Civil Veterinary Department. Madras. Admin. report 1926-33 - 1926-1933
Year: 1926
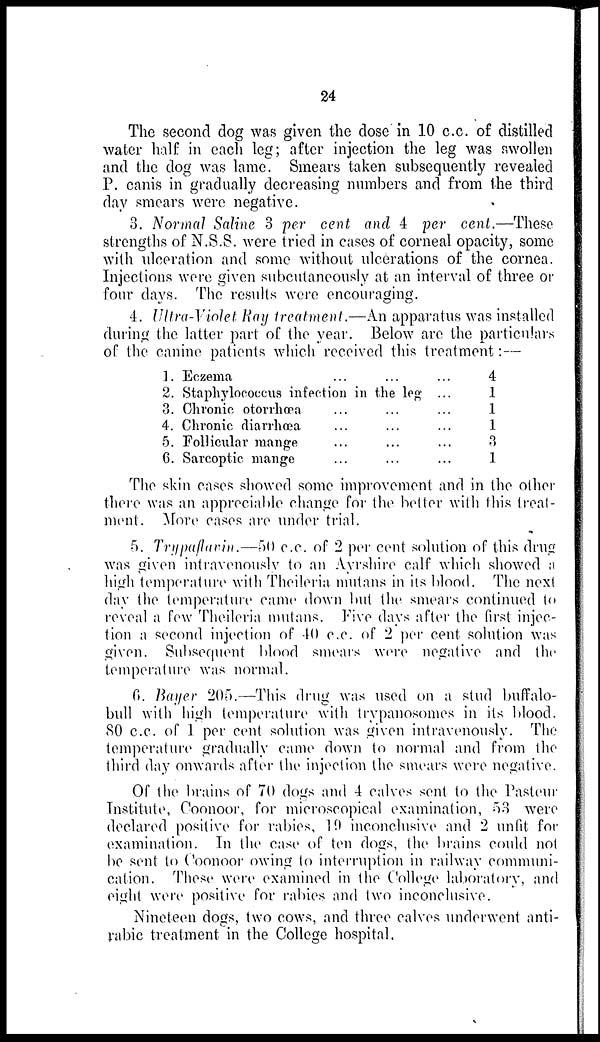
24
The second dog was given the dose in 10 c.c. of distilled
water half in each leg; after injection the leg was swollen
and the dog was lame. Smears taken subsequently revealed
P. canis in gradually decreasing numbers and from the third
day smears were negative.
3. Normal Saline 3 per cent and 4 per cent.—These
strengths of N.S.S. were tried in cases of corneal opacity, some
with ulceration and some without ulcerations of the cornea.
Injections were given subcutaneously at an interval of three or
four days. The results were encouraging.
4. Ultra-Violet Ray treatment.—An apparatus was installed
during the latter part of the year. Below are the particulars
of the canine patients which received this treatment :—
1. Eczema
...
...
2. Staphylococcus infection in the leg
3. Chronic otorrhœa
4. Chronic diarrhœa
5. Follicular mange
6. Sarcoptic mange
...
...
...
...
...
...
...
...
...
...
...
...
...
...
4
1
1
1
3
1
The skin cases showed some improvement and in the other
there was an appreciable change for the better with this treat-
ment. More cases are under trial.
5. Trypaflavin.—50 c.c. of 2 per cent solution of this drug
was given intravenously to an Ayrshire calf which showed a
high temperature with Theileria mutans in its blood. The next
day the temperature came down but the smears continued to
reveal a few Theileria mutans. Five days after the first injec-
tion a second injection of 40 c.c. of 2 per cent solution was
given. Subsequent blood smears were negative and the
temperature was normal.
6. Bayer 205.—This drug was used on a stud buffalo-
bull with high temperature with trypanosomes in its blood.
80 c.c. of 1 per cent solution was given intravenously. The
temperature gradually came down to normal and from the
third day onwards after the injection the smears were negative.
Of the brains of 70 dogs and 4 calves sent to the Pasteur
Institute, Coonoor, for microscopical examination, 53 were
declared positive for rabies, 19 inconclusive and 2 unfit for
examination. In the case of ten dogs, the brains could not
be sent to Coonoor owing to interruption in railway communi-
cation. These were examined in the College laboratory, and
eight were positive for rabies and two inconclusive.
Nineteen dogs, two cows, and three calves underwent anti-
rabic treatment in the College hospital.